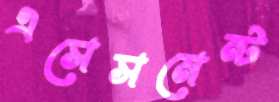
এসেসমেন্ট